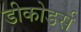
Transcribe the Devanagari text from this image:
डीकोडर्स